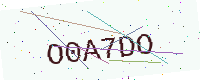
Text: O0A7DO